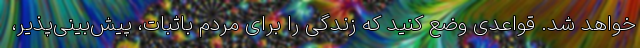
خواهد شد. قواعدی وضع کنید که زندگی را برای مردم باثبات، پیش‌بینی‌پذیر،